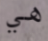
هي